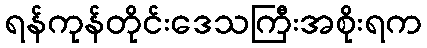
ရန်ကုန်တိုင်းဒေသကြီးအစိုးရက